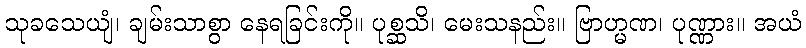
သုခသေယျံ၊ ချမ်းသာစွာ နေရခြင်းကို။ ပုစ္ဆသိ၊ မေးသနည်း။ ဗြာဟ္မဏ၊ ပုဏ္ဏား။ အယံ